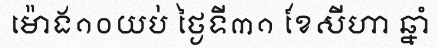
ម៉ោង១០យប់ ថ្ងៃទី៣១ ខែសីហា ឆ្នាំ